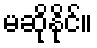
မဆိုနိုင်။